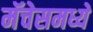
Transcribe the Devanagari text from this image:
मॅचेसमध्ये